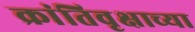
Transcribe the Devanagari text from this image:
क्रांतिवृक्षाच्या